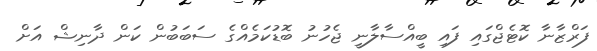
ފަރްޒާނާ ކޮޓެޖްގައި ފައި ބީއްސާލާނީ ޖެހުނު ބޮޑުކަމެއްގެ ސަބަބުން ކަން ދާނިޝް އަށް